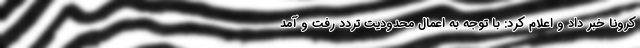
کرونا خبر داد و اعلام کرد: با توجه به اعمال محدودیت تردد رفت و آمد